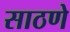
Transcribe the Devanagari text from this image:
साठणे